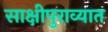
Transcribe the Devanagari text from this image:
साक्षीपुराव्यात